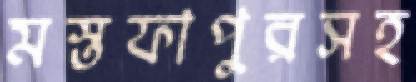
মস্তফাপুরসহ